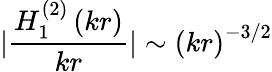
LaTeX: |\frac{H_{1}^{(2)}\left(kr\right)}{kr}|\sim\left(kr\right)^{-3/2}